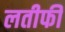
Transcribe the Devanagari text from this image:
लतीफी